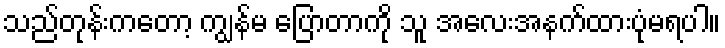
သည်တုန်းကတော့ ကျွန်မ ပြောတာကို သူ အလေးအနက်ထားပုံမရပါ။